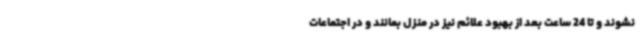
نشوند و تا 24 ساعت بعد از بهبود علائم نیز در منزل بمانند و در اجتماعات